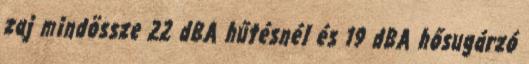
zaj mindössze 22 dBA hűtésnél és 19 dBA hősugárzó